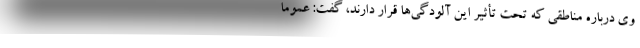
وی درباره مناطقی که تحت تأثیر این آلودگی‌ها قرار دارند، گفت: عموماً